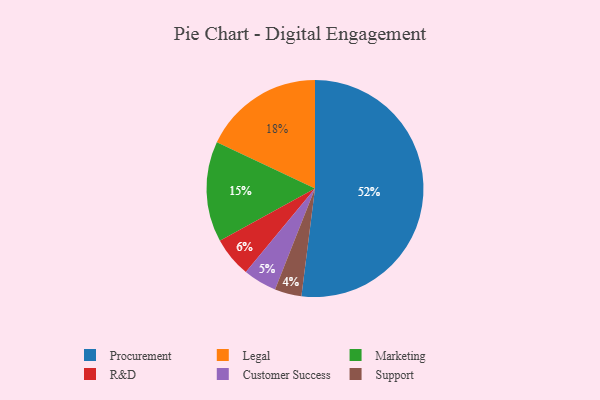
{"axis": {"x": "Category", "y": "Percentage"}, "legend": ["Customer Success", "Legal", "Marketing", "Procurement", "R&D", "Support"], "data": [{"x": "Customer Success", "y": 5, "type": "Customer Success"}, {"x": "Legal", "y": 18, "type": "Legal"}, {"x": "Marketing", "y": 15, "type": "Marketing"}, {"x": "Procurement", "y": 52, "type": "Procurement"}, {"x": "R&D", "y": 6, "type": "R&D"}, {"x": "Support", "y": 4, "type": "Support"}]}